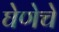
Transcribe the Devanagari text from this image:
घेणेचे